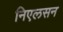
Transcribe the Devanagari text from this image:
निएलसन